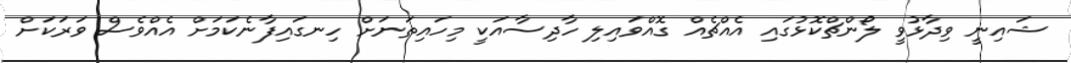
ޝައިނީ ވިދާޅުވީ ލޯންޗްކޮޅުގައި އެއްޗެއް ގޮއްވައިލި ހާދިސާއަކީ މިހައިތަނަށް ހިނގައިފާނެކަމަށް އެއްވެސް ވަރަކަށް